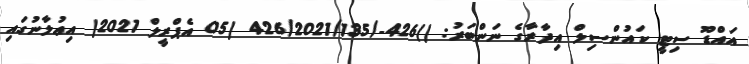
އައްޑޫ ސިޓީ ކައުންސިލް އިދާރާގެ ނަންބަރު: ()426-/426/2021/135 (05 އެޕްރީލް 2021( އިޢުލާނުގައި